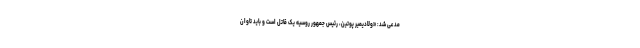
مدعی شد: «ولادیمیر پوتین، رئیس جمهور روسیه یک قاتل است و باید تاوان